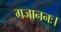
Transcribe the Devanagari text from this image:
गजाननः।